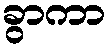
ခွာကာ